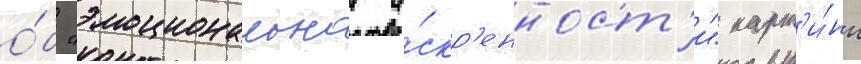
о́б "эмоциональнои и́скр'енност'и" карт'и́ны